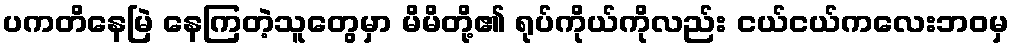
ပကတိနေမြဲ နေကြတဲ့သူတွေမှာ မိမိတို့၏ ရုပ်ကိုယ်ကိုလည်း ငယ်ငယ်ကလေးဘဝမှ